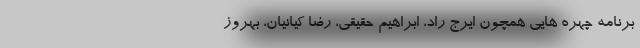
برنامه چهره هایی همچون ایرج راد، ابراهیم حقیقی، رضا کیانیان، بهروز